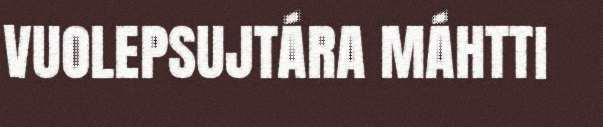
VUOLEPSUJTÁRA MÁHTTI